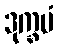
ဒုက္ခမံ